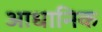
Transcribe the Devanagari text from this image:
आधानिक